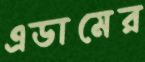
এডামের